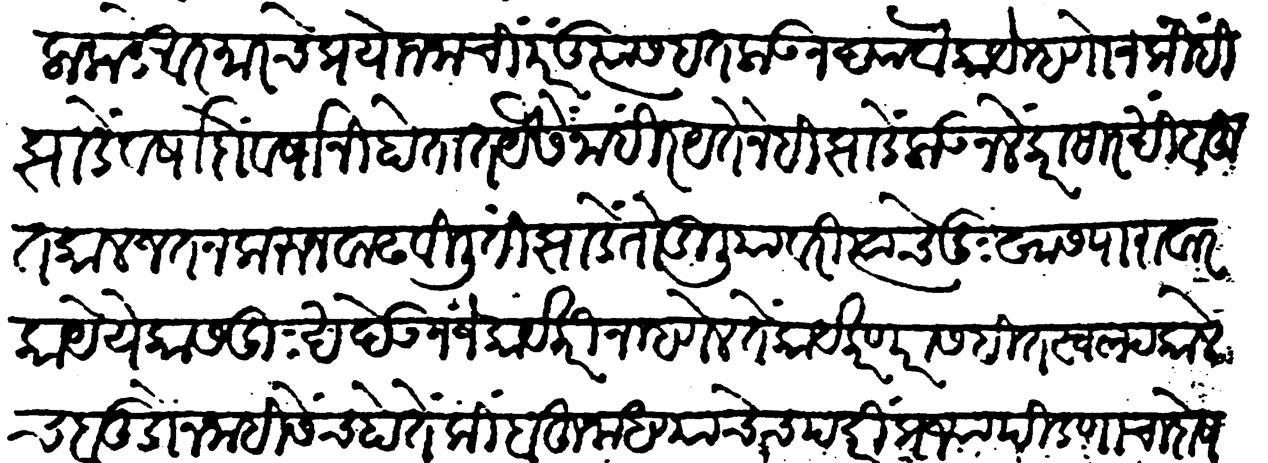
Transliteration (Devanagari): लाकडे आरमारचे प्रयोजनाचीं परंतु त्यास हत लाऊ न द्यावा काये म्हणोन की ही झाडे वर्षा दों वर्षानी होतात यैसें नाहीं रयतेने हीं झाडे लाऊन लेंकरांसारखी बहुत काळ जतन करून वाढविलीं ती झाडे तोडिलि यावरी त्याचे दुःखास पारावर काये येकास दुःख देऊन जे कार्य करीन म्हणेल ते कार्य करणारा सहीत स्वल्पकालेच बुडोन नाहीसेंच होतें किंबहुना धण्याचेच पदरी प्रजापीडणाचा दोष